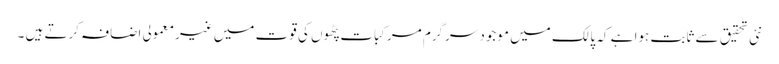
نئی تحقیق سے ثابت ہوا ہے کہ پالک میں موجود سرگرم مرکبات پٹھوں کی قوت میں غیرمعمولی اضافہ کرتے ہیں ۔